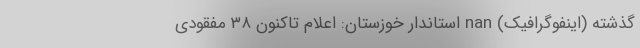
گذشته (اینفوگرافیک) nan استاندار خوزستان: اعلام تاکنون ۳۸ مفقودی